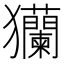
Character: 𤣢